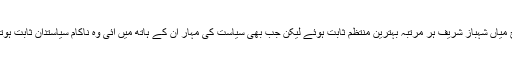
اسی طرح میاں شہباز شریف ہر مرتبہ بہترین منتظم ثابت ہوئے لیکن جب بھی سیاست کی مہار ان کے ہاتھ میں آئی وہ ناکام سیاستدان ثابت ہوتے رہے ۔